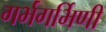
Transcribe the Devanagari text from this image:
गर्भगर्भिणी